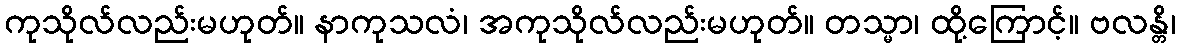
ကုသိုလ်လည်းမဟုတ်။ နာကုသလံ၊ အကုသိုလ်လည်းမဟုတ်။ တသ္မာ၊ ထို့ကြောင့်။ ဗလန္တိ၊